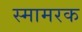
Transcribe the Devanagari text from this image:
स्मामरक